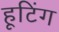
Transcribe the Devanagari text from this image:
हूटिंग